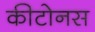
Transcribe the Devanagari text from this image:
कीटोनस